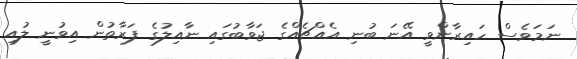
ނަމަވެސް ހައިރާންވީ އޭނަ ބުނި އެއްޗެއްގެ ޖަވާބުގައި ނާއިލުގެ ފަރާތުން އިވުނީ ލުއި